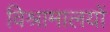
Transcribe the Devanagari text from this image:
विश्रामालयों